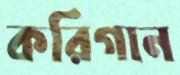
করিগান